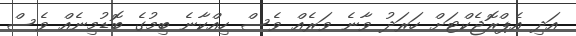
އަދި އެޕްރޮޖެކްޓަށް ހަރަދު ވާނެ ވަރެއް ވެސް ހިއްކާނެ ބިމުގެ ބޮޑުމިނެއް ވެސް